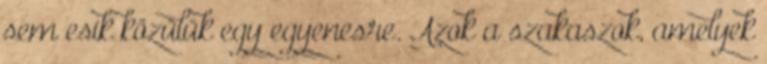
sem esik közülük egy egyenesre. Azok a szakaszok, amelyek